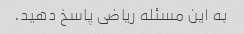
به این مسئله ریاضی پاسخ دهید.